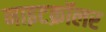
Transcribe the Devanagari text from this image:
नाइटक्रॉलर